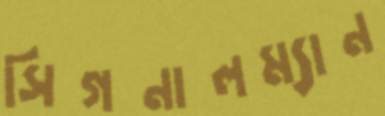
সিগনালম্যান